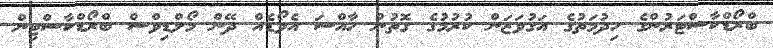
ބްރޯޑްކާސްޓަރުންގެ ހިދުމަތުގެ އަގުވަޒަން ކުރުމުގެ ގޮތުން ހާއްސަ އެވޯޑެއް ދޭން މޯލްޑިވްސް ބްރޯޑްކާސްޓިން